Investigations on Bengal jail dietaries - Number 37
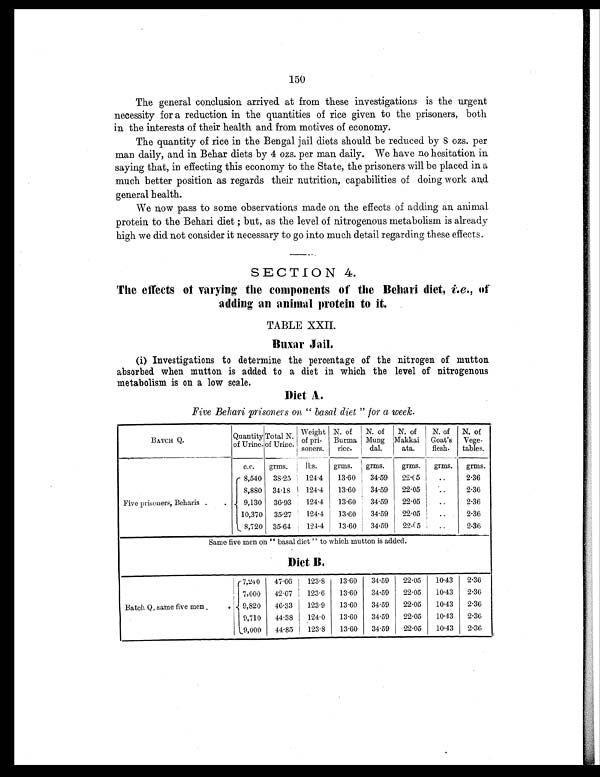
150
The general conclusion arrived at from these investigations is the urgent
necessity for a reduction in the quantities of rice given to the prisoners, both
in the interests of their health and from motives of economy.
The quantity of rice in the Bengal jail diets should be reduced by 8 ozs. per
man daily, and in Behar diets by 4 ozs. per man daily. We have no hesitation in
saying that, in effecting this economy to the State, the prisoners will be placed in a
much better position as regards their nutrition, capabilities of doing work and
general health.
We now pass to some observations made on the effects of adding an animal
protein to the Behari diet ; but, as the level of nitrogenous metabolism is already
high we did not consider it necessary to go into much detail regarding these effects.
SECTION 4.
The effects of varying the components of the Behari diet, i.e., of
adding an animal protein to it.
TABLE XXII.
Buxar Jail.
(i) Investigations to determine the percentage of the nitrogen of mutton
absorbed when mutton is added to a diet in which the level of nitrogenous
metabolism is on a low scale.
Diet A.
Five Behari prisoners on "basal diet" for a week.
BATCH Q.
Quantity
of Urine.
Total N.
of Urine.
Weight
of pri-
soners.
N. of
Burma
rice.
N. of
Mung
dal.
N. of
Makkai
ata.
N. of
Goat's
flesh.
N. of
Vege-
tables.
c . c . grms.
lbs.
grms.
grms.
grms.
grms.
grms.
Five prisoners, Beharis .
.
8,540 38.25
124.4
13.60
34.59
22.05
..
2.36
8,880 34.18
124.4
13.60
34.59
22.05
. .
2.36
9,130 36.93
124.4
13.60
34.59
22.05
..
2.36
10,370 35.27
124.4
13.60
34.59
22.05
..
2.36
8,720 35.64
124.4
13.60
34.59
22.05
..
2.36
Same five men on "basal diet" to which mutton is added.
Diet B.
Batch Q, same five men . .
7,240
47.66
123.8
13.60
34.59
22.05
10.43
2.36
7,000
42.67
123.6
13.60
34.59
22.05
10.43
2.36
9,820
46.33
123.9
13.60
34.59
22.05
10.43
2.36
9,710
44.38
124.0
13.60
34.59
22.05
10.43
2.36
9,000 44.85 123.8 13.60 34.59 22.05 10.43 2.36